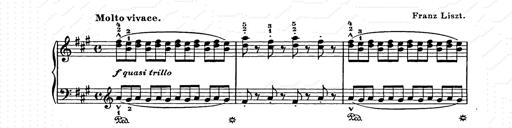
Title: Weihnachtsbaum
Composer: Franz Liszt